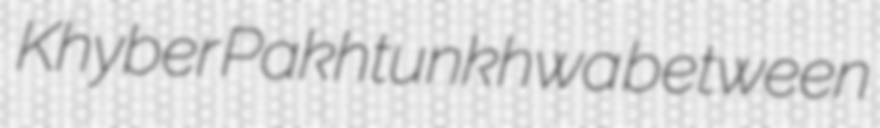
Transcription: Khyber Pakhtunkhwa between